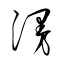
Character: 漫